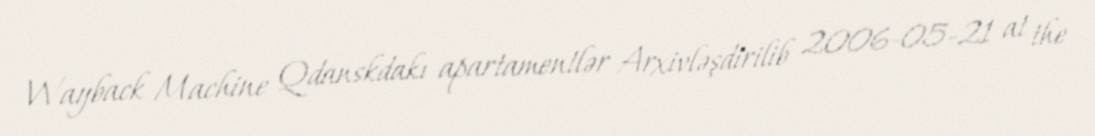
Wayback Machine Qdanskdakı apartamentlər Arxivləşdirilib 2006-05-21 at the